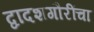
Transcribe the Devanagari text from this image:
द्वादशगौरींचा